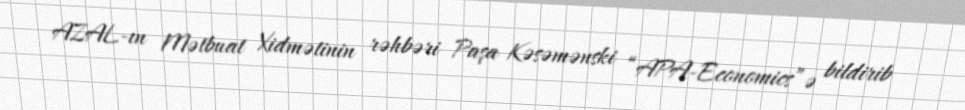
AZAL-ın Mətbuat Xidmətinin rəhbəri Paşa Kəsəmənski “APA-Economics”ə bildirib